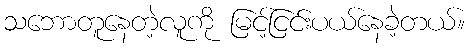
သဘောတူနေတဲ့လူကို မြင့်ငြင်းပယ်နေခဲ့တယ်။